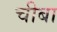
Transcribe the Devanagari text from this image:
चीबा